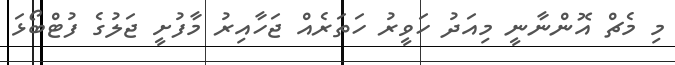
މި މެޗް އޮންނާނީ މިއަދު ހަވީރު ހަތަރެއް ޖަހާއިރު މާފުށީ ޖަލުގެ ފުޓްބޯޅަ